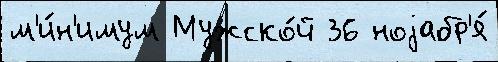
м'и́н'имум Мужско́й 36 ноjабр'я́